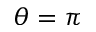
\theta = \pi